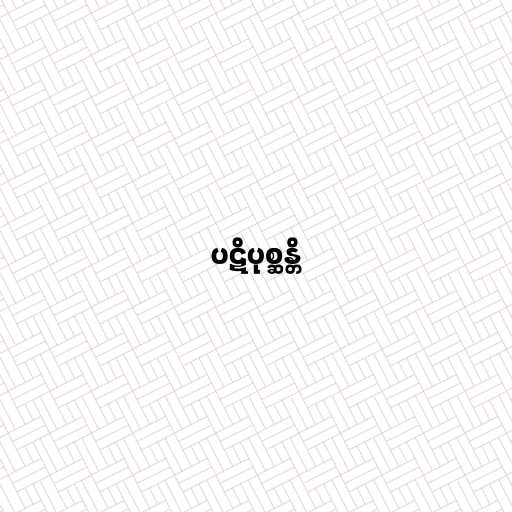
ပဋိပုစ္ဆန္တိ